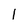
Character: 1